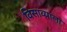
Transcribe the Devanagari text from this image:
विसाव्याला